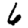
Digit: 6